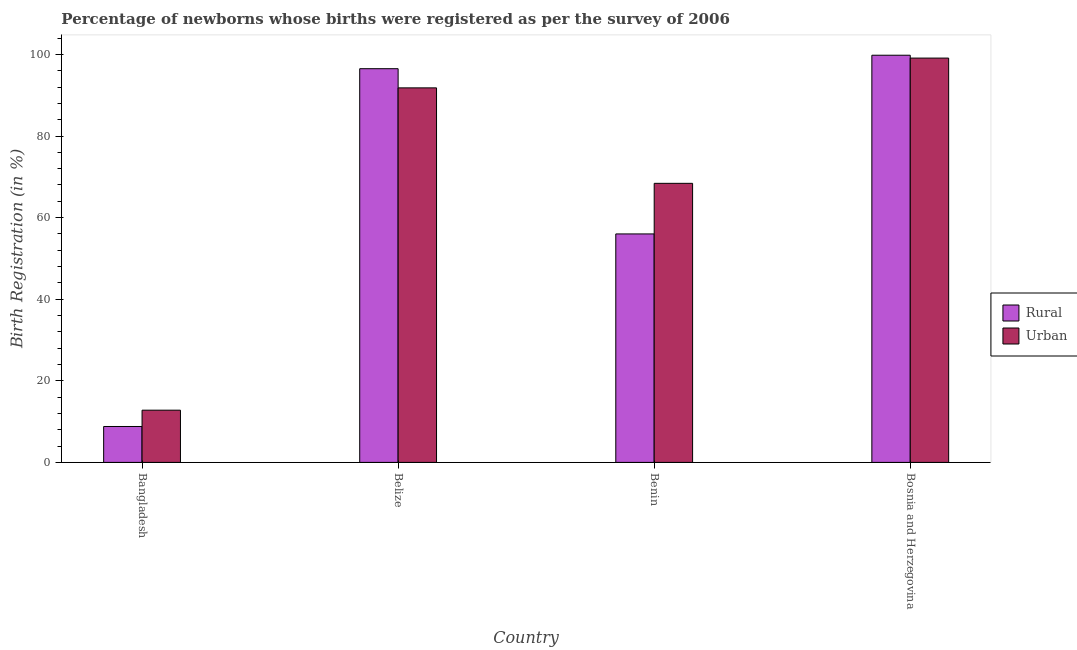
| Country | Rural | Urban |
 | --- | --- | --- |
 | Bangladesh | 8.8 | 12.8 |
 | Belize | 96.5 | 91.8 |
 | Benin | 56 | 68.4 |
 | Bosnia and Herzegovina | 99.8 | 99.1 |